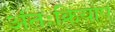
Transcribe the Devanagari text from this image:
अंतःक्रियाएं